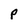
Character: P